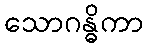
သောဂန္ဓိကာ